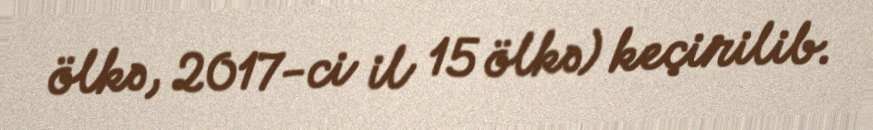
ölkə, 2017-ci il 15 ölkə) keçirilib.